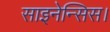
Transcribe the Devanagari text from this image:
साइनेन्सिस।